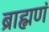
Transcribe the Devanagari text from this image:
ब्राह्मणं